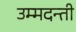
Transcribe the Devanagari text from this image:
उम्मदन्ती